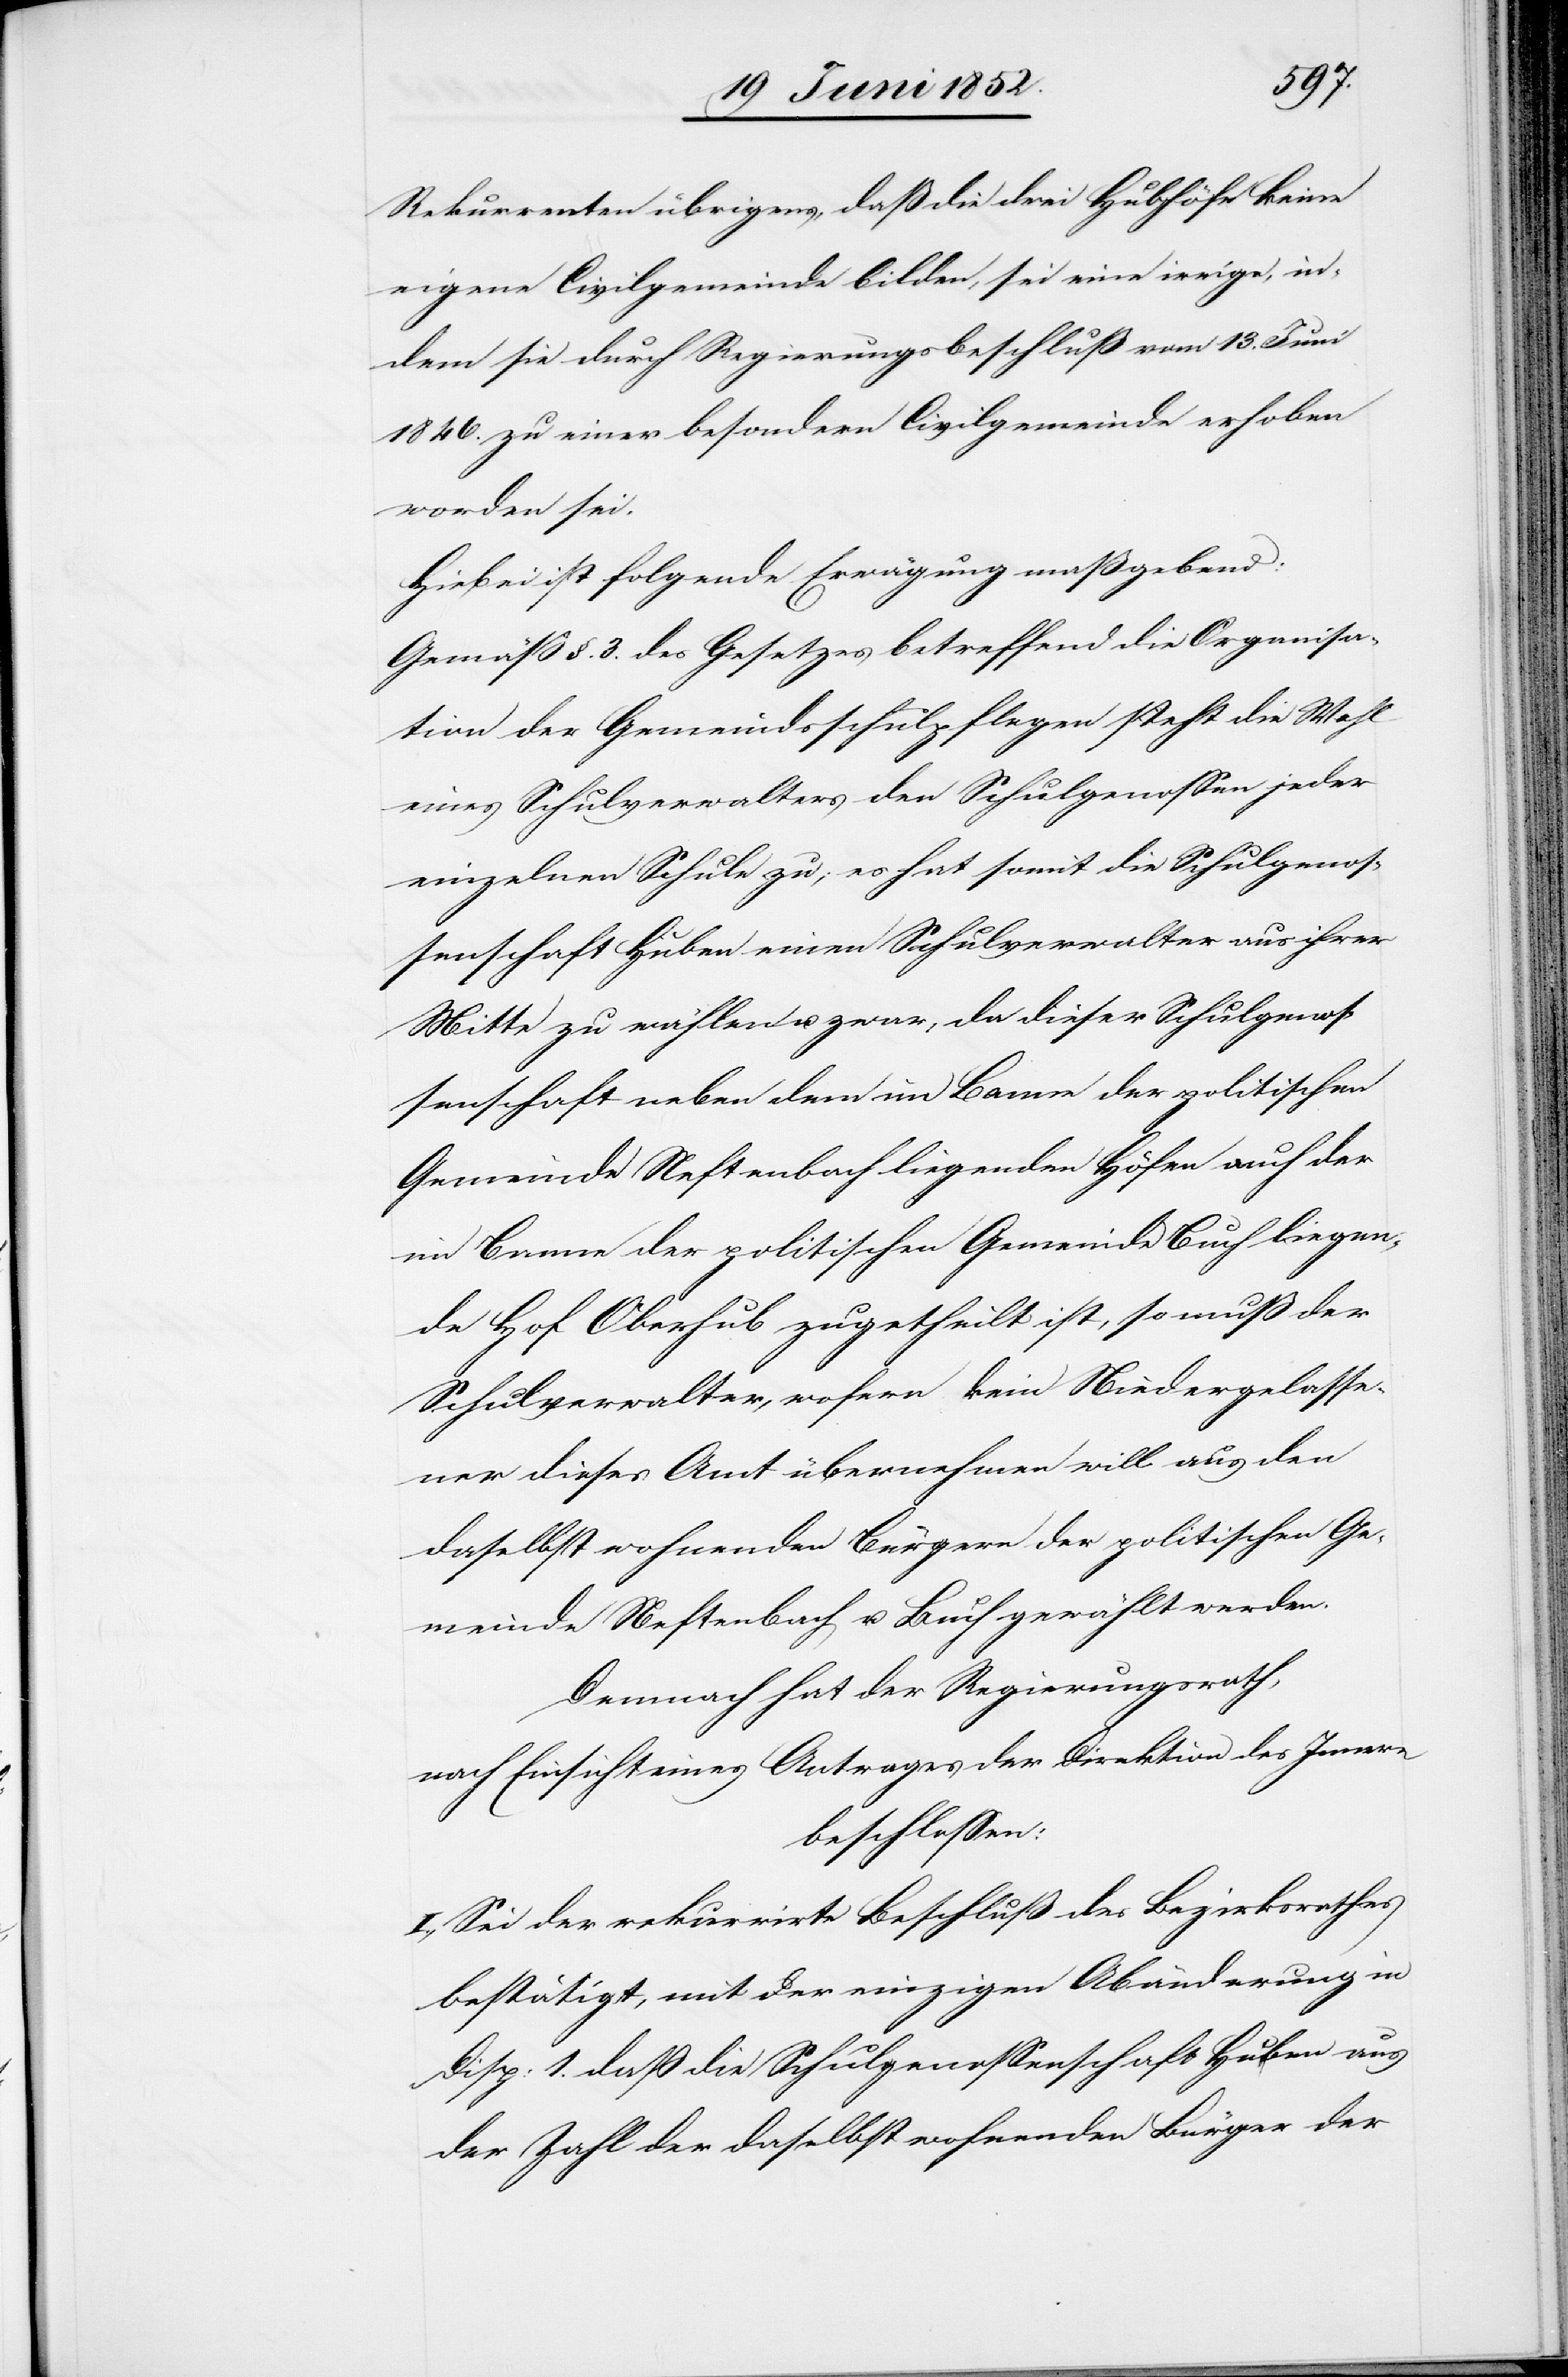
Rekurrenten übrigens, daß die drei Hubhöfe keine
eigene Civilgemeinde bilden, sei eine irrige, in¬
dem sie durch Regierungsbeschluß vom 13. Juni
1846. zu einer besondern Civilgemeinde erhoben
worden sei.
Hiebei ist folgende Erwägung maßgebend:
Gemäss §. 3. des Gesetzes betreffend die Organisa¬
tion der Gemeindsschulpflegen steht die Wahl
eines Schulverwalters den Schulgenossen jeder
einzelnen Schule zu; es hat somit die Schulgenos¬
senschaft Huben einen Schulverwalter aus ihrer
Mitte zu wählen u. zwar, da dieser Schulgenos¬
senschaft neben dem im Banne der politischen
Gemeinde Neftenbach liegenden Höfen auch der
im Banne der politischen Gemeinde Buch liegen¬
de Hof Oberhub zugetheilt ist, so muß der
Schulverwalter, wofern kein Niedergelasse¬
ner dieses Amt übernehmen will aus den
daselbst wohnenden Bürgern der politischen Ge¬
meinde Neftenbach u. Buch gewählt werden.
Demnach hat der Regierungsrath,
nach Einsicht eines Antrages der Direktion des Innern
beschlossen:
I., Sei der rekurrirte Beschluß des Bezirksrathes
bestätigt, mit der einzigen Abänderung in
Disp: 1. dass die Schulgenossenschaft Huben aus
der Zahl der daselbst wohnenden Bürger der